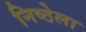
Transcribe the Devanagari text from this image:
निष्ठेला